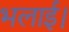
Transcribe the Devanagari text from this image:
भलाई।